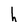
Character: h